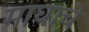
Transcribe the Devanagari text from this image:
माघाचे